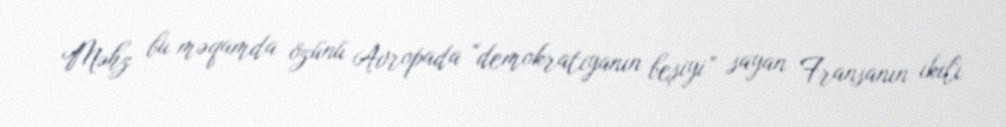
Məhz bu məqamda özünü Avropada “demokratiyanın beşiyi” sayan Fransanın ikili